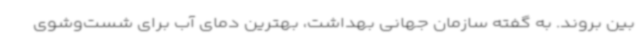
بین بروند. به گفته سازمان جهانی بهداشت، بهترین دمای آب برای شست‌وشوی